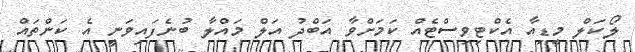
ލޯކަލް މީޑިއާ އެކްޓިވިސްޓެއް ކަމަށްވާ އަބްދު އަލް މައްލާ ބުނެފައިވަނީ އެ ކަންތައް